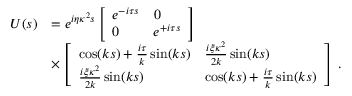
\begin{array} { r l } { U ( s ) } & { = e ^ { i \eta \kappa ^ { 2 } s } \left[ \begin{array} { l l } { e ^ { - i \tau s } } & { 0 } \\ { 0 } & { e ^ { + i \tau s } } \end{array} \right] } \\ & { \times \left[ \begin{array} { l l } { \cos ( k s ) + \frac { i \tau } { k } \sin ( k s ) } & { \frac { i \xi \kappa ^ { 2 } } { 2 k } \sin ( k s ) } \\ { \frac { i \xi \kappa ^ { 2 } } { 2 k } \sin ( k s ) } & { \cos ( k s ) + \frac { i \tau } { k } \sin ( k s ) } \end{array} \right] \, . } \end{array}